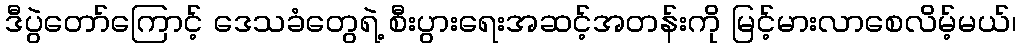
ဒီပွဲတော်ကြောင့် ဒေသခံတွေရဲ့ စီးပွားရေးအဆင့်အတန်းကို မြင့်မားလာစေလိမ့်မယ်၊